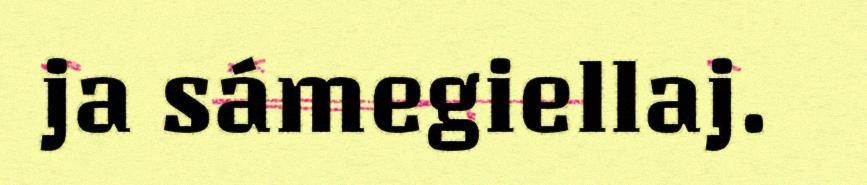
ja sámegiellaj.